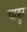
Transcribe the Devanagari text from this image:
चाहुर